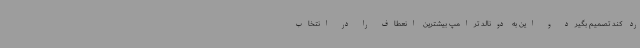
رد کند تصمیم بگیرد و این به دونالد ترامپ بیشترین انعطاف را در انتخاب